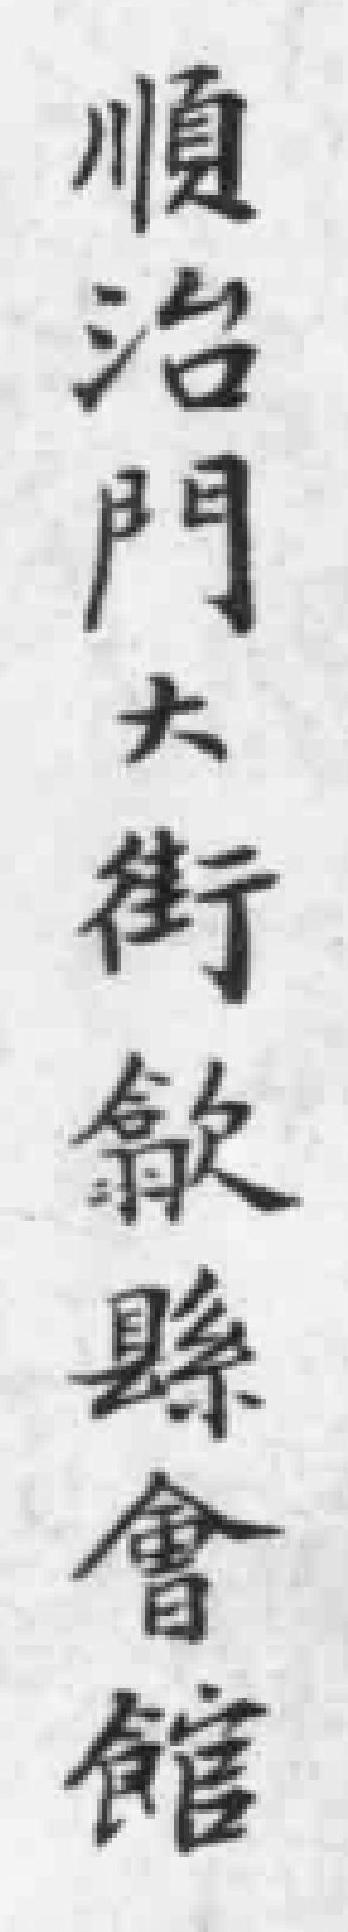
順治門大街歙縣會館